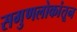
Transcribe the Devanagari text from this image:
सगुणलोकांतून